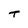
Character: T